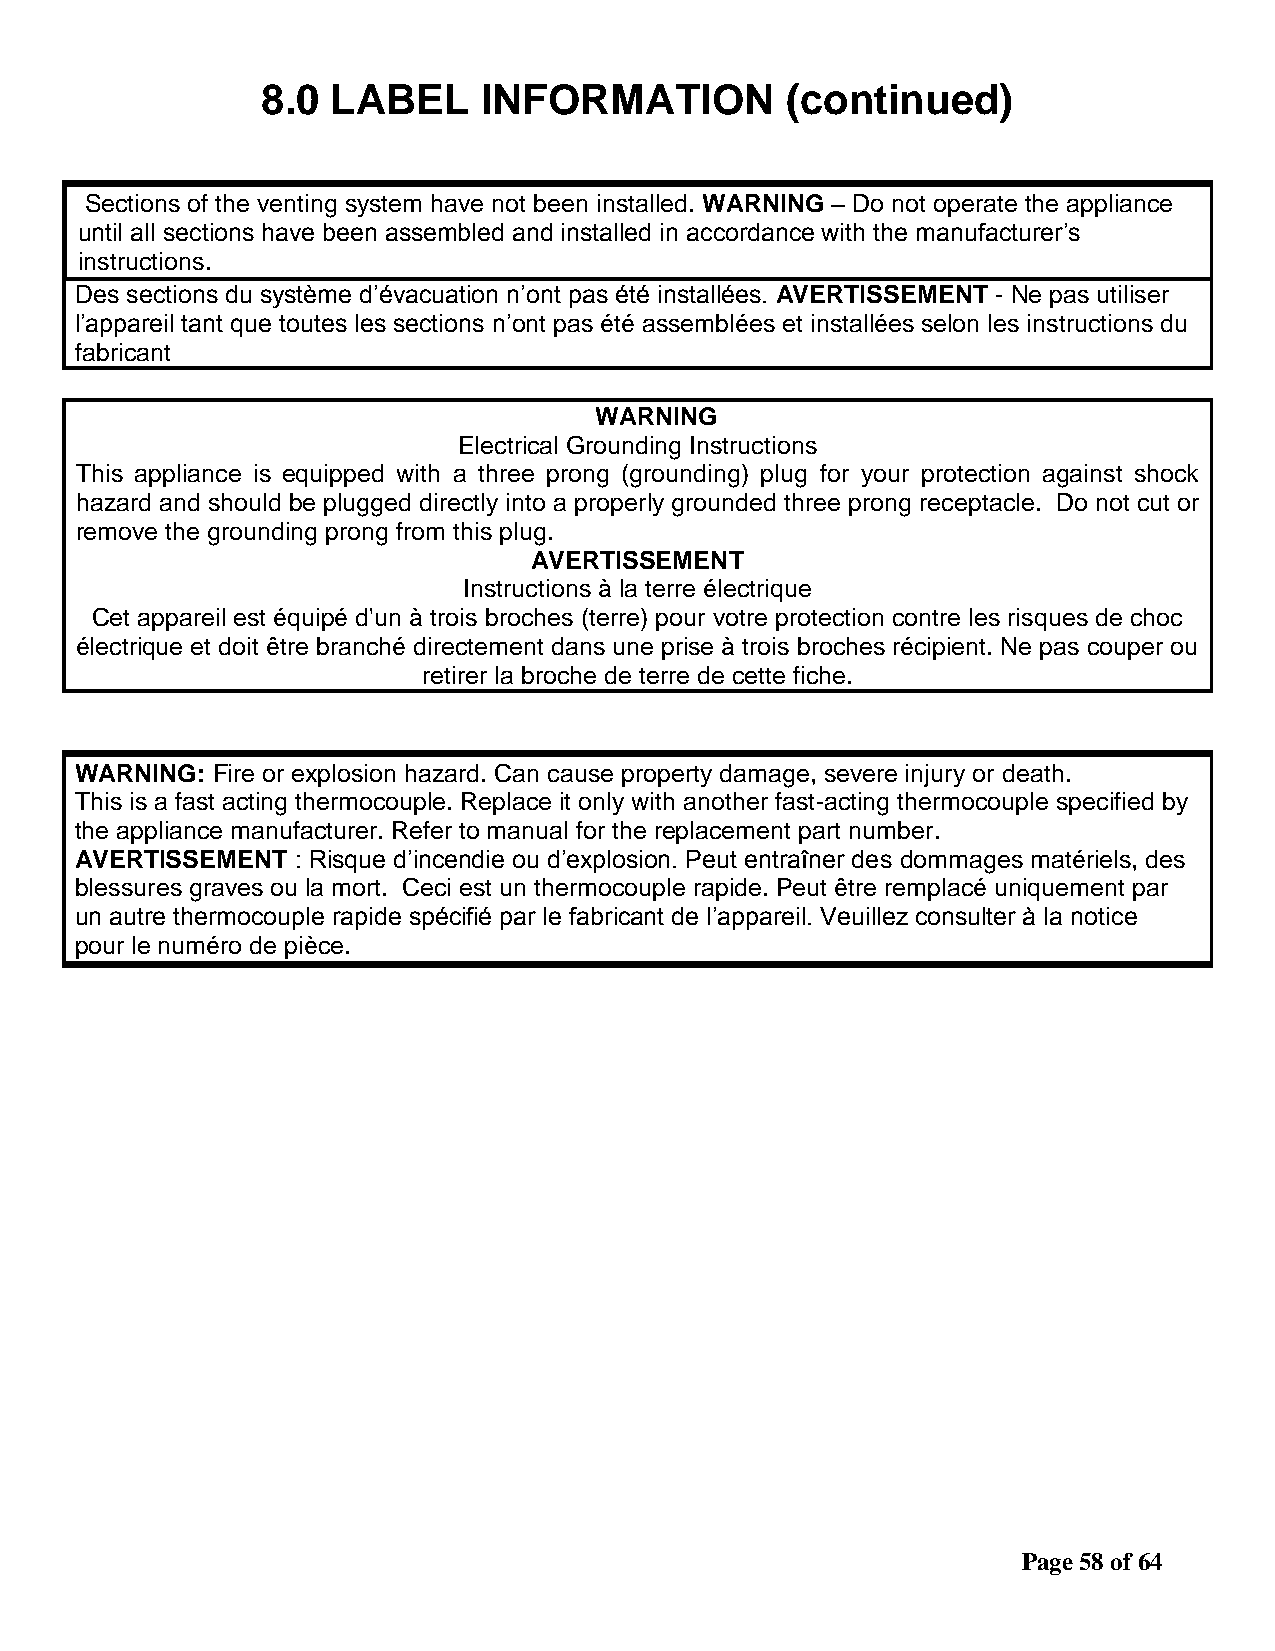
8.0  LABEL     INFORMATION         (continued)
 Sections of the venting system have not been installed. WARNING – Do not operate the appliance
 until all sections have been assembled and installed in accordance with the manufacturer’s
 instructions.
 Des sections du système d’évacuation n’ont pas été installées. AVERTISSEMENT - Ne pas utiliser
 l’appareil tant que toutes les sections n’ont pas été assemblées et installées selon les instructions du
 fabricant
 WARNING
 Electrical Grounding Instructions
 This appliance is equipped with a three prong (grounding) plug for your protection against shock
 hazard and should be plugged directly into a properly grounded three prong receptacle. Do not cut or
 remove the grounding prong from this plug.
 AVERTISSEMENT
 Instructions à la terre électrique
 Cet appareil est équipé d'un à trois broches (terre) pour votre protection contre les risques de choc
 électrique et doit être branché directement dans une prise à trois broches récipient. Ne pas couper ou
 retirer la broche de terre de cette fiche.
 WARNING: Fire or explosion hazard. Can cause property damage, severe injury or death.
 This is a fast acting thermocouple. Replace it only with another fast-acting thermocouple specified by
 the appliance manufacturer. Refer to manual for the replacement part number.
 AVERTISSEMENT  : Risque d’incendie ou d’explosion. Peut entraîner des dommages matériels, des
 blessures graves ou la mort. Ceci est un thermocouple rapide. Peut être remplacé uniquement par
 un autre thermocouple rapide spécifié par le fabricant de l’appareil. Veuillez consulter à la notice
 pour le numéro de pièce.
 Page 58 of 64